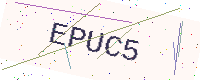
Text: EPUC5